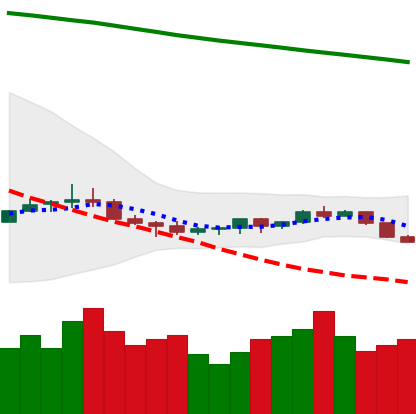
Ticker: ETC-USD
Chart end date: 2022-07-12
Forward return: 38.367%
Label: up_7plus